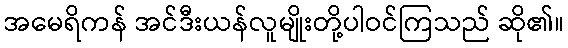
အမေရိကန် အင်ဒီးယန်လူမျိုးတို့ပါဝင်ကြသည် ဆို၏။